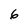
Character: 6